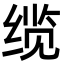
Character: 缆